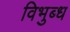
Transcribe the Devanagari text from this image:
विभुब्ध